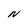
Character: N